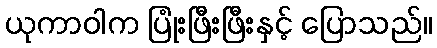
ယုကာဝါက ပြုံးဖြီးဖြီးနှင့် ပြောသည်။